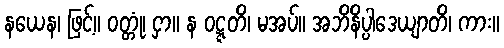
နယေန၊ ဖြင့်။ ဝတ္တုံ၊ ငှာ။ န ဝဋ္ဋတိ၊ မအပ်။ အဘိနိပ္ပါဒေယျာတိ၊ ကား။